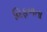
વિફળતા